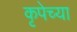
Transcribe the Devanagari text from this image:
कृपेच्या